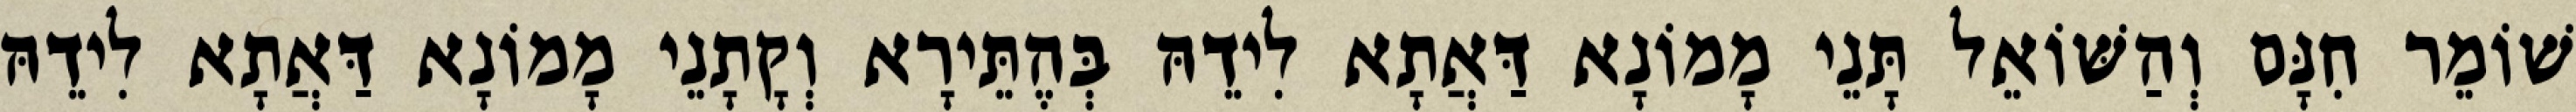
שׁוֹמֵר חִנָּם וְהַשּׁוֹאֵל תָּנֵי מָמוֹנָא דַּאֲתָא לִידֵהּ בְּהֶתֵּירָא וְקָתָנֵי מָמוֹנָא דַּאֲתָא לִידֵהּ